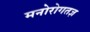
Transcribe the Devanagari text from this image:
मनोरोगतज्ञ